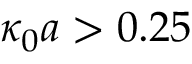
\kappa _ { 0 } a > 0 . 2 5